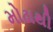
મોઢાથી